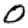
Digit: 0